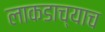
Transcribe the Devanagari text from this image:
लाकडाच्याच